Rules regarding the measures to be adopted on the outbreak of cholera or appearance of small-pox
Disease focus: Cholera
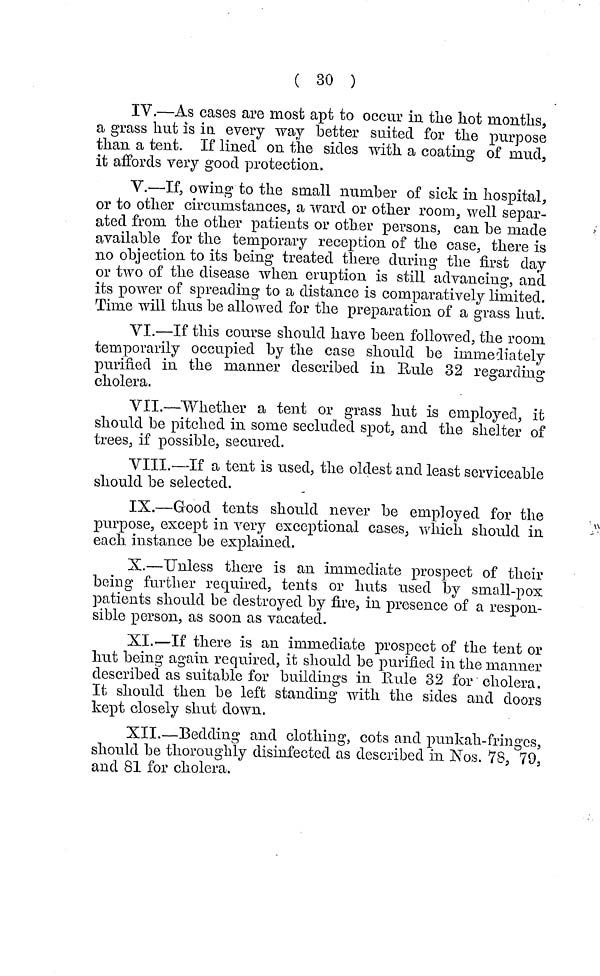
( 30 )
IV.—As cases are most apt to occur in the hot months,
a grass hut is in every way better suited for the purpose
than a tent. If lined on the sides with a coating of mud,
it affords very good protection,
V.—If, owing to the small number of sick in hospital,
or to other circumstances, a ward or other room, well separ-
ated from the other patients or other persons, can be made
available for the temporary reception of the case, there is
110 objection to its being treated there during the first day
or two of the disease when eruption is still advancing, and
its power of spreading to a distance is comparatively limited.
Time will thus be allowed for the preparation of a grass hut.
VI.—If this course should have been followed, the room
temporarily occupied by the case should be immediately
purified in the manner described in Rule 32 regarding
cholera.
VII.—Whether a tent or grass hut is employed, it
should be pitched in some secluded spot, and the shelter of
trees, if possible, secured.
VIII.—If a tent is used, the oldest and least serviceable
should be selected.
IX.—Good tents should never be employed for the
purpose, except in very exceptional cases, which should in
each instance be explained.
X.—Unless there is an immediate prospect of their
being further required, tents or huts used by small-pox
patients should be destroyed by fire, in presence of a respon-
sible person, as soon as vacated.
XL-—If there is an immediate prospect of the tent or
hut being again required, it should be purified in the manner
described as suitable for buildings in Rule 32 for cholera.
It should then be left standing with the sides and doors
kept closely shut down.
XII.—Bedding and clothing, cots and punkah-fringes,
should be thoroughly disinfected as described in Nos. 78, 79,
and 81 for cholera.